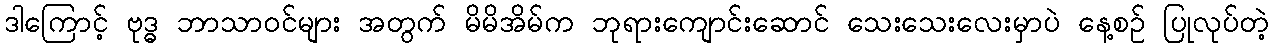
ဒါကြောင့် ဗုဒ္ဓ ဘာသာဝင်များ အတွက် မိမိအိမ်က ဘုရားကျောင်းဆောင် သေးသေးလေးမှာပဲ နေ့စဉ် ပြုလုပ်တဲ့